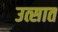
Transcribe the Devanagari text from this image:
उत्सात